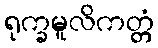
ရုက္ခမူလိကတ္တံ